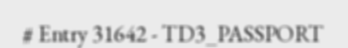
# Entry 31642 - TD3_PASSPORT